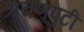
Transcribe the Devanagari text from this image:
श्रवणपुटीं